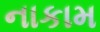
નાકામ